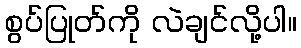
စွပ်ပြုတ်ကို လဲချင်လို့ပါ။